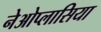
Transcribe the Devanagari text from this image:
नेओप्लासिया